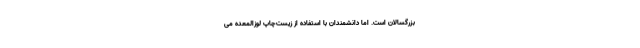
بزرگسالان است. اما دانشمندان با استفاده از زیست‌چاپ لوزالمعده می‌